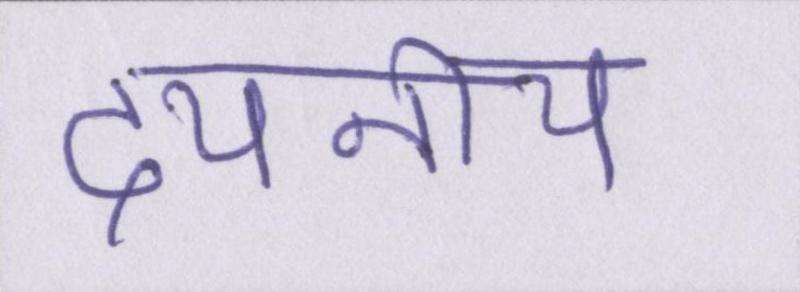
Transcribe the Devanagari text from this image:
दयनीय